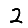
Digit: 2